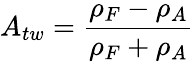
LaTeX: A_{tw}=\frac{\rho_{F}-\rho_{A}}{\rho_{F}+\rho_{A}}